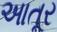
આતૂર